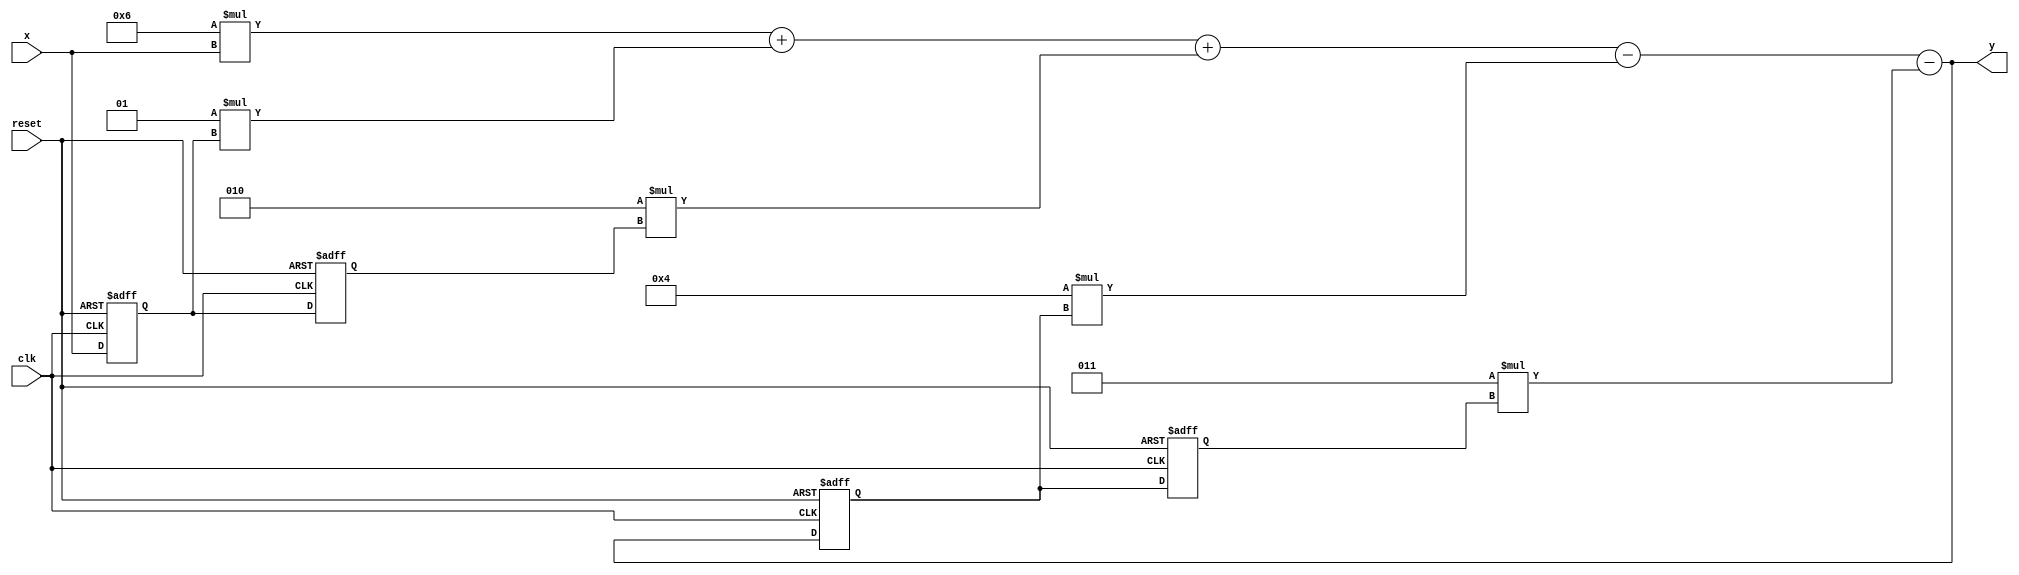
`timescale 1ns / 1ps
//////////////////////////////////////////////////////////////////////////////////
// Company: 
// Engineer: 
// 
// Design Name: 
// Module Name: iir
// Project Name: 
// Target Devices: 
// Tool Versions: 
// Description: 
// 
// Dependencies: 
// 
// Revision:
// Revision 0.01 - File Created
// Additional Comments:
// 
//////////////////////////////////////////////////////////////////////////////////

`define a1 32'sd4
`define a2 32'sd3
`define b0 32'sd6
`define b1 32'sd1
`define b2 32'sd2

module iir(
    input signed [31:0] x,
    input clk,
    input reset,
    output reg signed [31:0] y
    );
    
    reg signed [31:0] x1;
    reg signed [31:0] x2;
    reg signed [31:0] y1;
    reg signed [31:0] y2;
    
    always@* begin
        y = `b0*x+`b1*x1+`b2*x2-`a1*y1-`a2*y2;
    end 

    always@(posedge clk or posedge reset)
        if(reset)
            x1 <= 32'sd0;
        else
            x1 <= x;


    always@(posedge clk or posedge reset)
        if(reset)
            x2 <= 32'sd0;
        else
            x2 <= x1;
                   
    always@(posedge clk or posedge reset)
        if(reset)
            y1 <= 32'sd0;
        else
            y1 <= y;

    always@(posedge clk or posedge reset)
        if(reset)
            y2 <= 32'sd0;
        else
            y2 <= y1;

endmodule